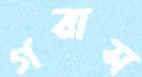
গরাস